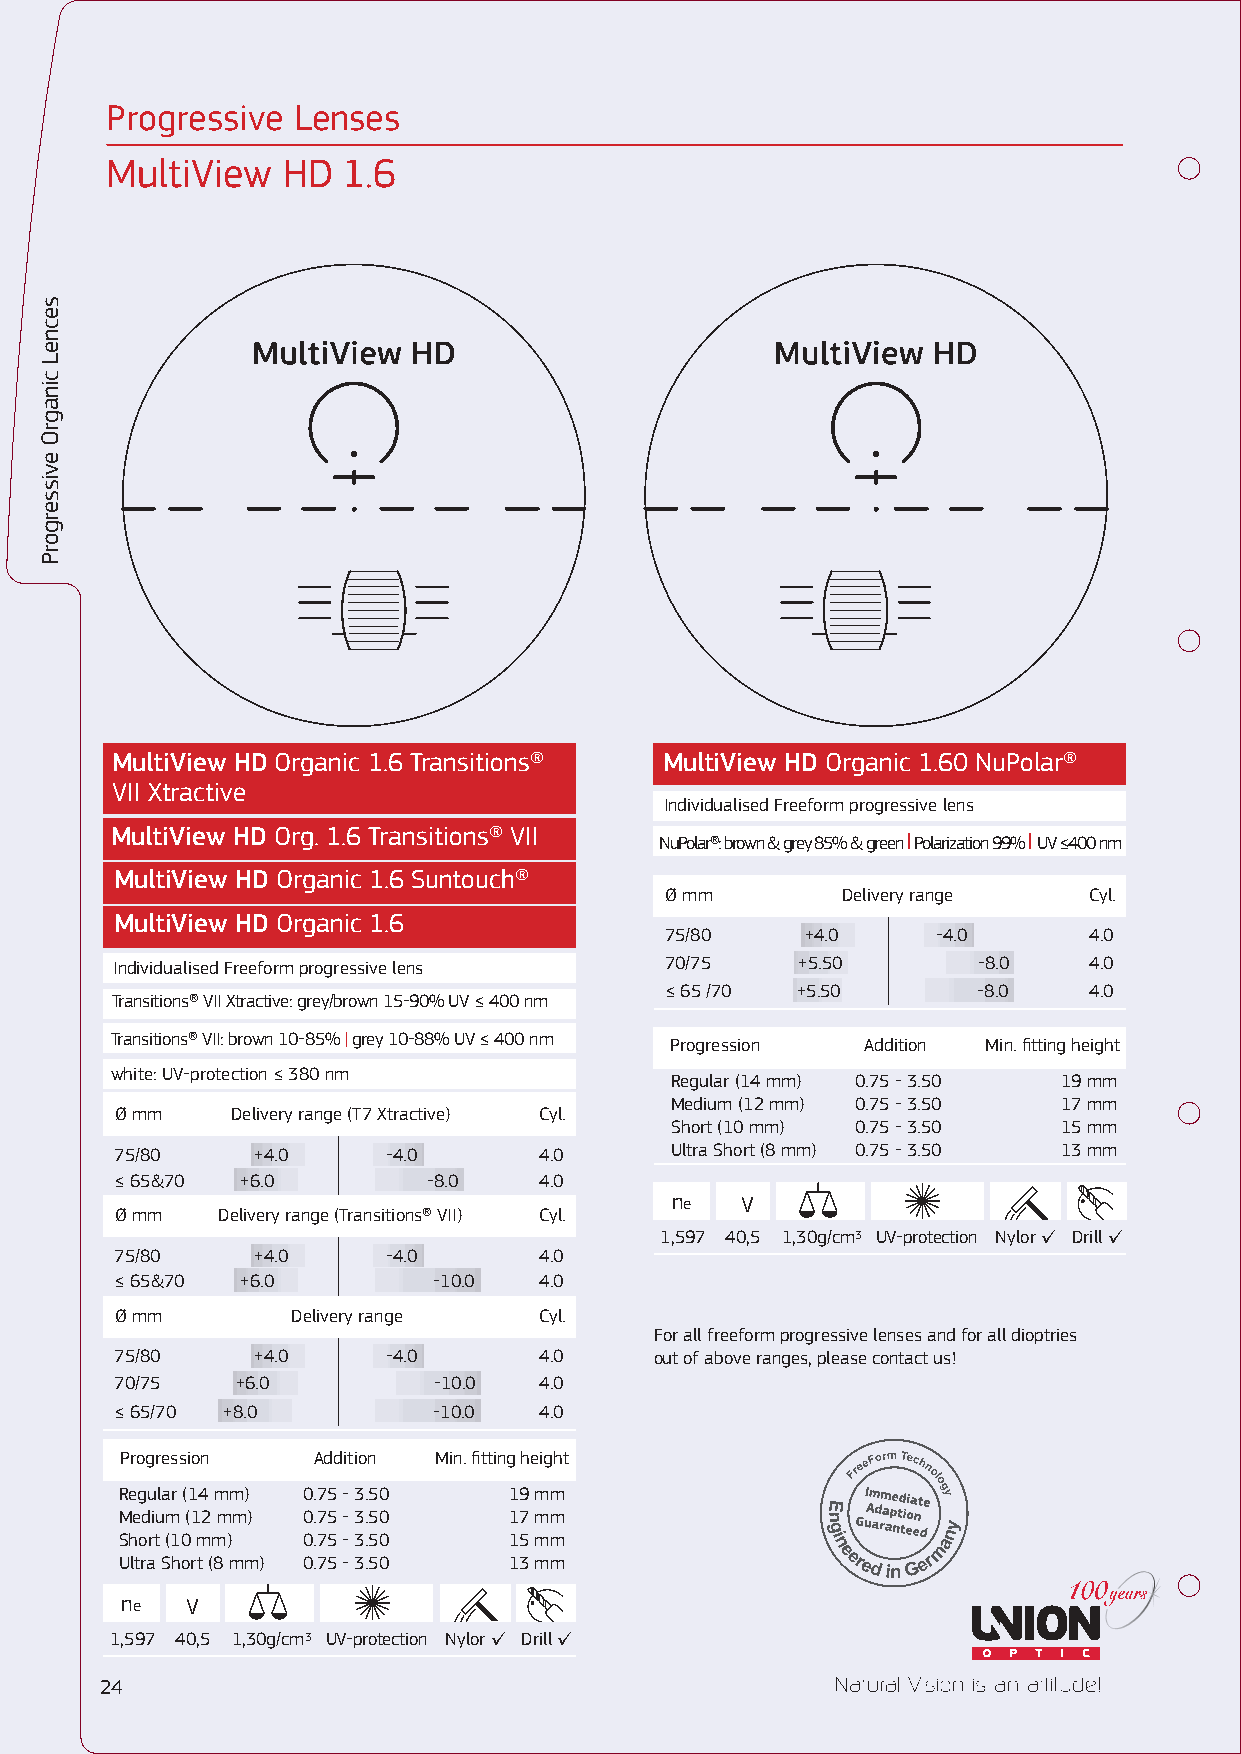
Progressive Lenses
 MultiView   HD  1.6
 MultiView HD Organic 1.6 Transitions® MultiView HD Organic 1.60 NuPolar®
 VII Xtractive
 Individualised Freeform progressive lens
 MultiView HD Org. 1.6 Transitions® VII NuPolar®: brown & grey 85% & green I Polarization 99% I UV ≤400 nm
 MultiView HD Organic 1.6 Suntouch®
 Ø mm        Delivery range  Cyl.
 MultiView HD Organic 1.6
 75/80    +4.0     -4.0      4.0
 Individualised Freeform progressive lens 70/75 +5.50     -8.0   4.0
 ≤ 65 /70 +5.50       -8.0   4.0
 Transitions® VII Xtractive: grey/brown 15-90% UV ≤ 400 nm
 Transitions® VII: brown 10-85% | grey 10-88% UV ≤ 400 nm
 Progression  Addition Min. fitting height
 white: UV-protection ≤ 380 nm
 Regular (14 mm) 0.75 - 3.50 19 mm
 Medium (12 mm) 0.75 - 3.50 17 mm
 Ø mm   Delivery range (T7 Xtractive) Cyl.
 Short (10 mm) 0.75 - 3.50 15 mm
 75/80    +4.0     -4.0      4.0     Ultra Short (8 mm) 0.75 - 3.50 13 mm
 ≤ 65&70 +6.0        -8.0    4.0
 ne   V
 Ø mm  Delivery range (Transitions® VII) Cyl.
 1,597 40,5 1,30g/cm3 UV-protection Nylor ✓ Drill ✓
 75/80    +4.0     -4.0      4.0
 ≤ 65&70 +6.0         -10.0  4.0
 Ø mm       Delivery range   Cyl.
 For all freeform progressive lenses and for all dioptries
 75/80    +4.0     -4.0      4.0    out of above ranges, please contact us!
 70/75   +6.0         -10.0  4.0
 ≤ 65/70 +8.0         -10.0  4.0
 Progression  Addition Min. fitting height
 Regular (14 mm) 0.75 - 3.50 19 mm
 Medium (12 mm) 0.75 - 3.50 17 mm
 Short (10 mm) 0.75 - 3.50 15 mm
 Ultra Short (8 mm) 0.75 - 3.50 13 mm
 ne  V
 1,597 40,5 1,30g/cm3 UV-protection Nylor ✓ Drill ✓
 24
 secneL
 cinagrΟ
 evissergorP